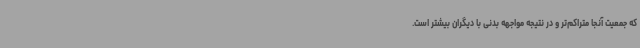
که جمعیت آنجا متراکم‌تر و در نتیجه مواجهه بدنی با دیگران بیشتر است.